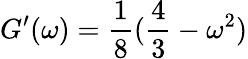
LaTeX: G^{\prime}(\omega)=\frac{1}{8}(\frac{4}{3}-\omega^{2})